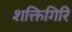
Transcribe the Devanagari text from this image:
शक्तिगिरि